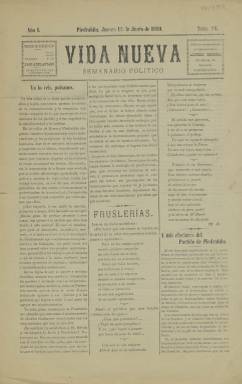
Título: Vida nueva (Piedrahíta)
Colección: Periódicos
Ámbito geográfico: Ávila
Lugar de publicación: Piedrahíta [Ávila]
Fechas: 16/06/1910-16/06/1910